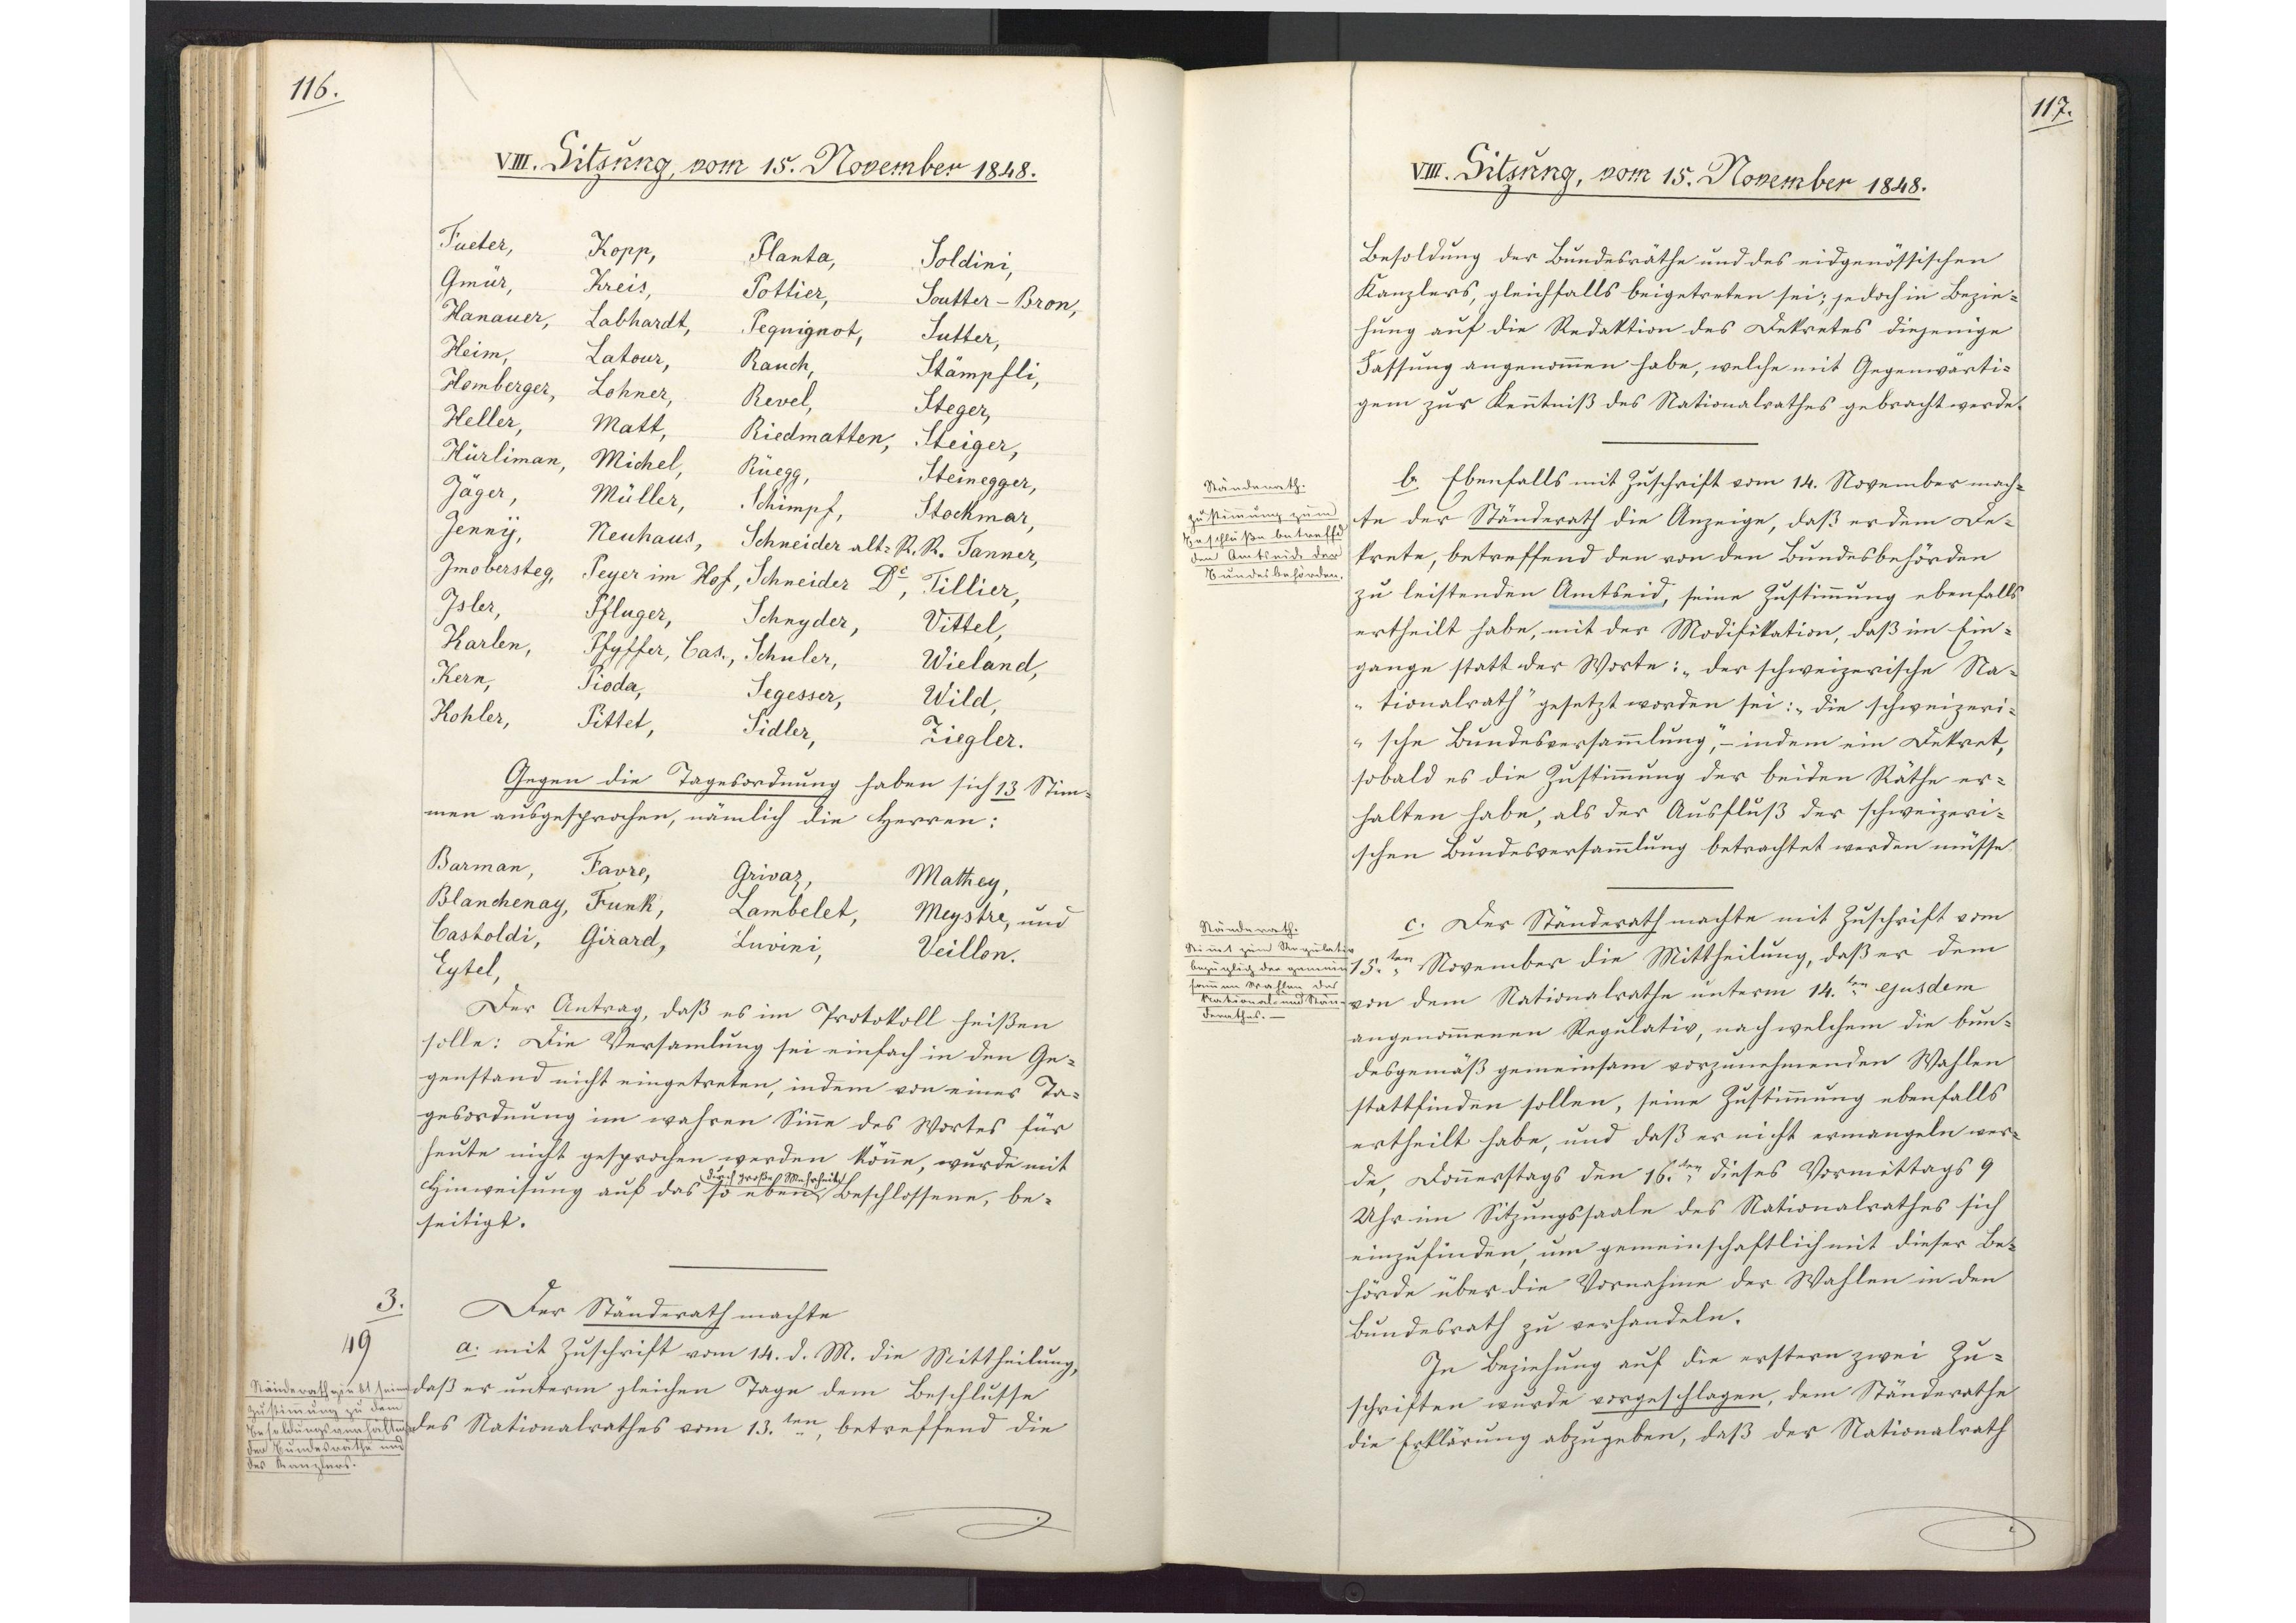
116.

VIII. Sitzung, vom 15. November 1848.

Fueter,
Kopp,
Planta,
Soldini,
Gmür,
Kreis,
Pottier,
Soutter-Bron,
Hanauer,
Labhardt,
Pequignot,
Sutter,
Heim,
Latour,
Rauch,
Stämpfli,
Homberger,
Lohner,
Revel,
Steger,
Heller,
Matt,
Riedmatten,
Steiger,
Hürliman,
Michel,
Rüegg,
Steinegger,
Jäger,
Müller,
Schimpf,
Stockmar,
Jenny,
Neuhaus,
Schneider alt-R.R.,
Tanner,
Jmobersteg,
Peyer im Hof,
Schneider Dr.,
Tillier,
Isler,
Pfluger,
Schnyder,
Vittel,
Karlen,
Pfyffer, Cas.,
Schuler,
Wieland,
Kern,
Pioda,
Segesser,
Wild,
Kohler,
Pittet,
Sidler,
Ziegler.
Gegen die Tagesordnung haben sich 13 Stim¬
men ausgesprochen, nämlich die Herren:
Barman,
Favre,
Grivaz,
Mathey,
Blanchenay,
Funk,
Lambelet,
Meystre, und
Castoldi,
Girard,
Luvini,
Veillon,
Eytel.
Der Antrag, daß es im Protokoll heißen
solle: Die Versammlung sei einfach in den Ge¬
genstand nicht eingetreten, indem von einer Ta¬
gesordnung im wahren Sinme des Wortes für
heute nicht gesprochen werden könne, wurde mit
Hinweisung auf das so eben * beschlossene, be¬
* durch große Mehrheit
seitigt.
Der Ständerath machte
a. mit Zuschrift vom 14. d. M. die Mittheilung,
daß er unterm gleichen Tage dem Beschlusse
des Nationalrathes vom 13.ten betreffend die

3
49
Ständerath giebt seine
Zustimmung zu dem
Besoldungsverhältniß
der Bundesräthe und
des Kanzlers.

117.

VIII. Sitzung, vom 15. November 1848.

Besoldung der Bundesräthe und des eidgenössischen
Kanzlers, gleichfalls beigetreten sei; jedoch in Bezie¬
hung auf die Redaktion des Dekretes diejenige
Fassung angenommen habe, welche mit Gegenwärti¬
gem zur Kenntniß des Nationalrathes gebracht werde.
b. Ebenfalls mit Zuschrift vom 14. November mach¬
te der Ständerath die Anzeige, daß er dem De¬
krete, betreffend den von den Bundesbehörden
zu leistenden Amtseid, seine Zustimmung ebenfalls
ertheilt habe, mit der Modifikation, daß im Ein¬
gange statt der Worte: "der schweizerische Na¬
tionalrath" gesetzt worden sei: "die schweizeri¬
sche Bundesversammlung", - indem ein Dekret,
sobald es die Zustimmung der beiden Räthe er¬
halten habe, als der Ausfluß der schweizeri¬
schen Bundesversammlung betrachtet werden müsse.
c. Der Ständerath machte mit Zuschrift vom
15.ten November die Mittheilung, daß er dem
von dem Nationalrathe unterm 14.ten ejusdem
angenommenen Regulativ, nach welchem die bun¬
desgemäß gemeinsam vorzunehmenden Wahlen
stattfinden sollen, seine Zustimmung ebenfalls
ertheilt habe, und daß er nicht ermangeln wer¬
de, Donnerstags den 16.ten, dieses Vormittags 9
Uhr im Sitzungssaale des Nationalrathes sich
einzufinden, um gemeinschaftlich mit dieser Be¬
hörde über die Vornahme der Wahlen in den
Bundesrath zu verhandeln.
In Beziehung auf die erstern zwei Zu¬
schriften wurde vorgeschlagen, dem Ständerathe
die Erklärung abzugeben, daß der Nationalrath

Ständerath,
Zustimmung zum
Beschluße betreffend
den Amtseide der
Bundesbehörden.

Ständerath.
Stimmt zum Regulativ
bezüglich der gemein¬
samen Wahlen des
National- und Stän¬
derathes.